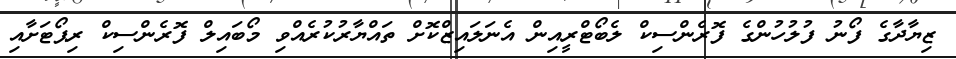
ޒިޔާދާގެ ފޯނު ފުލުހުންގެ ފޮރެންސިކް ލެބޯޓްރީއިން އެނަލައިޒްކޮށް ތައްޔާރުކުރެއްވި މޯބައިލް ފޮރެންސިކް ރިޕޯޓަށާއި